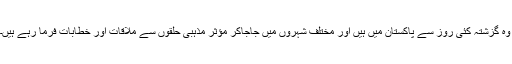
وہ گزشتہ کئی روز سے پاکستان میں ہیں اور مختلف شہروں میں جاجاکر مؤثر مذہبی حلقوں سے ملاقات اور خطابات فرما رہے ہیں۔